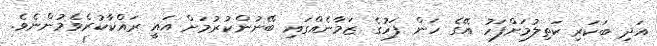
އަދި ބަކަރި ކަތިލުމަށްފަހު އޭގެ ހަން ފަހުގެ ޒަމާނެއްގައި ބޭނުންކުރުމަށް އައީ ރައްކާކުރެވެމުންނެވެ.